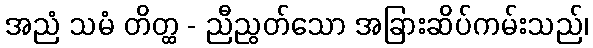
အညံ သမံ တိတ္ထ - ညီညွတ်သော အခြားဆိပ်ကမ်းသည်၊